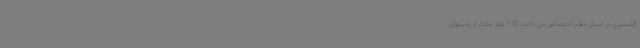
گرمسیری در استان ایلام اختصاص می دادند، 110 هزار هکتار از زمینهای